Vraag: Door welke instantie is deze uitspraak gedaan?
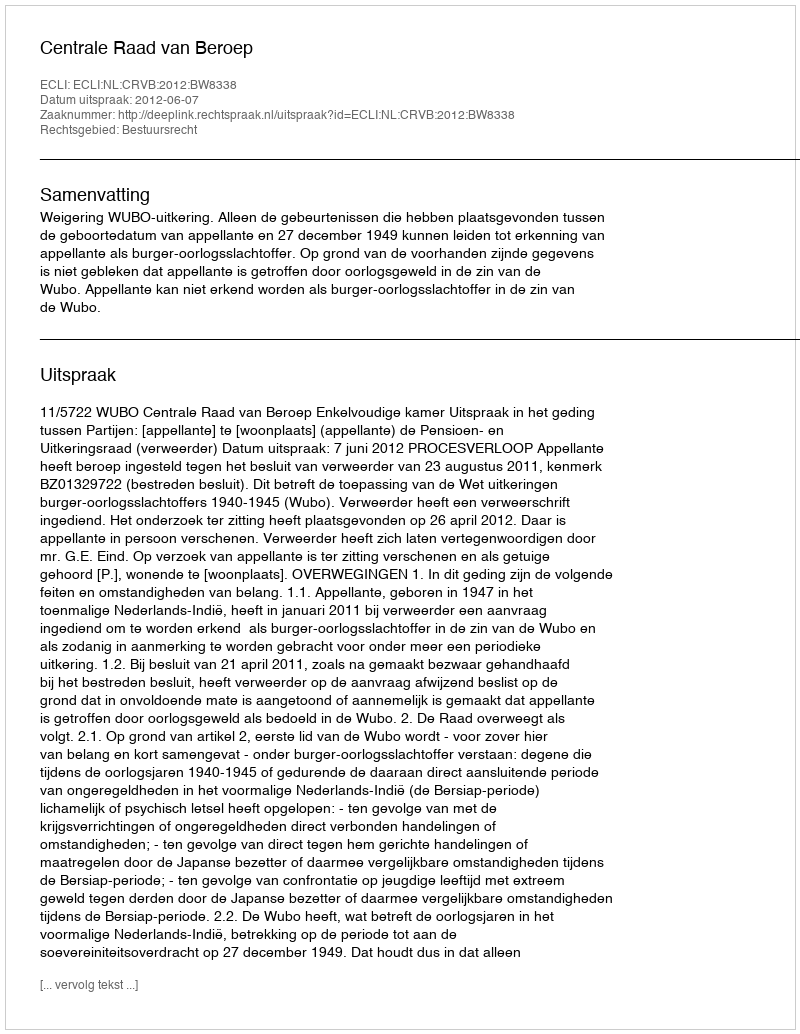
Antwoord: Centrale Raad van Beroep